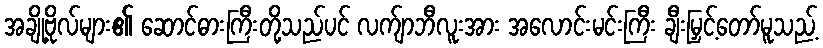
အချို့ဗိုလ်များ၏ ဆောင်ဓားကြီးတို့သည်ပင် လက်ျာဘီလူးအား အလောင်းမင်းကြီး ချီးမြှင့်တော်မူသည့်